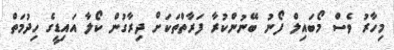
މިހާރު ވެސް މޯބައިލް ފޯނު ބޭނުންކުރާ ފަރާތްތަކަށް ދިރާގުން ކޯލާ އައިޑީގެ ހިދުމަތް